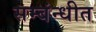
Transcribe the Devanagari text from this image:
सम्बंन्धीत